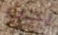
يجب